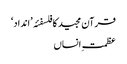
قرآن مجید کا فلسفئہ ’انداد‘
عظمتِ انساں